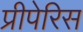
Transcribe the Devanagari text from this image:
प्रीपेरिस